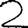
Digit: 2